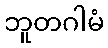
ဘူတဂါမံ